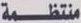
منتظمة